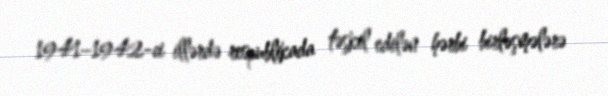
1941–1942-ci illərdə respublikada təşkil edilən hərbi birləşmələrə